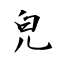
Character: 皃